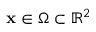
\mathbf { x } \in \Omega \subset \mathbb { R } ^ { 2 }